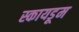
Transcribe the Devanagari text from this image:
स्कायडूम